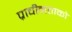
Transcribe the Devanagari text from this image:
प्राचीनताको